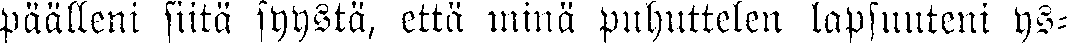
päälleni siitä syystä, että minä puhuttelen lapsuuteni ys-